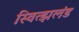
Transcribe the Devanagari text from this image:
स्वित्झलंड